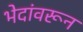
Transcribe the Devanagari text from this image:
भेदांवरून